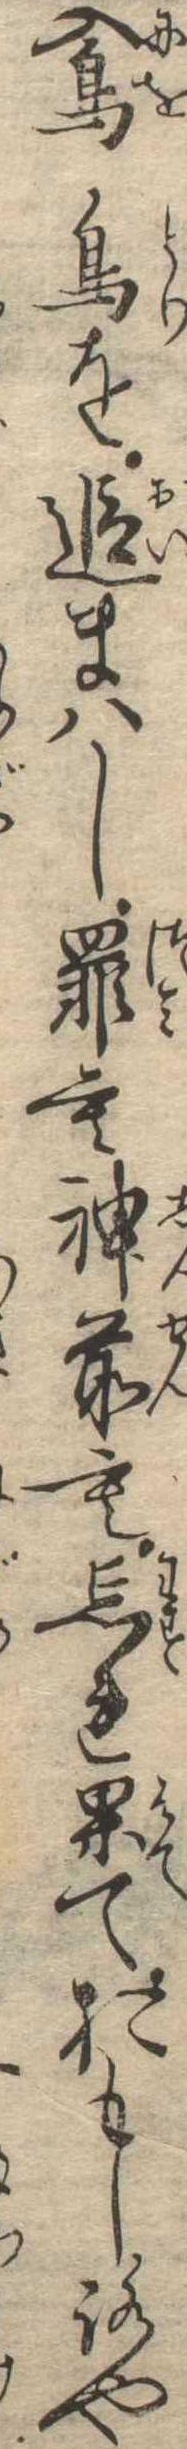
鳰鳥を追まはし罪も神前も忘れ果ておもしろや